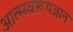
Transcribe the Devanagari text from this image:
आत्म्स्वरूपज्ञान